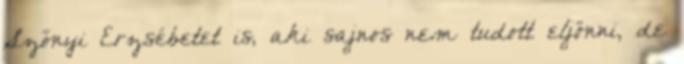
Szőnyi Erzsébetet is, aki sajnos nem tudott eljönni, de